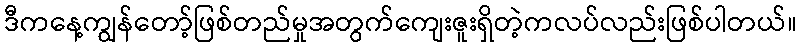
ဒီကနေ့ကျွန်တော့်ဖြစ်တည်မှုအတွက်ကျေးဇူးရှိတဲ့ကလပ်လည်းဖြစ်ပါတယ်။